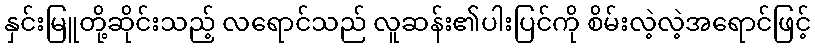
နှင်းမြူတို့ဆိုင်းသည့် လရောင်သည် လူဆန်း၏ပါးပြင်ကို စိမ်းလဲ့လဲ့အရောင်ဖြင့်